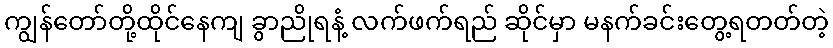
ကျွန်တော်တို့ထိုင်နေကျ ခွာညိုရနံ့ လက်ဖက်ရည် ဆိုင်မှာ မနက်ခင်းတွေ့ရတတ်တဲ့